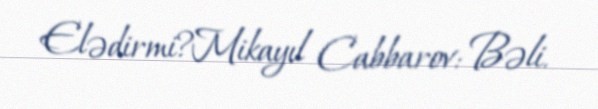
Elədirmi?Mikayıl Cabbarov: Bəli.